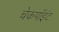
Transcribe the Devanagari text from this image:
चेकपॉइंट